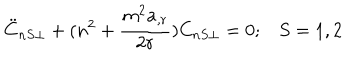
\ddot { C } _ { n S \perp } + ( n ^ { 2 } + \frac { m ^ { 2 } a _ { , r } } { 2 r } ) C _ { n S \perp } = 0 ; S = 1 , 2